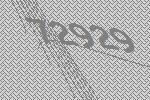
72929